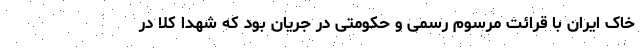
خاک ایران با قرائت مرسوم رسمی و حکومتی در جریان بود که شهدا کلا در